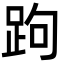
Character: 跔